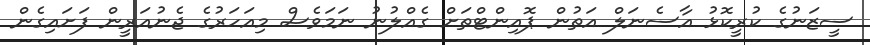
ސީޒަނުގެ ކުރީކޮޅު އާސެނަލް އަތުން ޕޮއިންޓްތަށް ގެއްލުނު ނަމަވެސް މިއަހަރުގެ ޖެނުއަރީން ފަށައިގެން